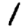
Digit: 1